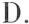
D.